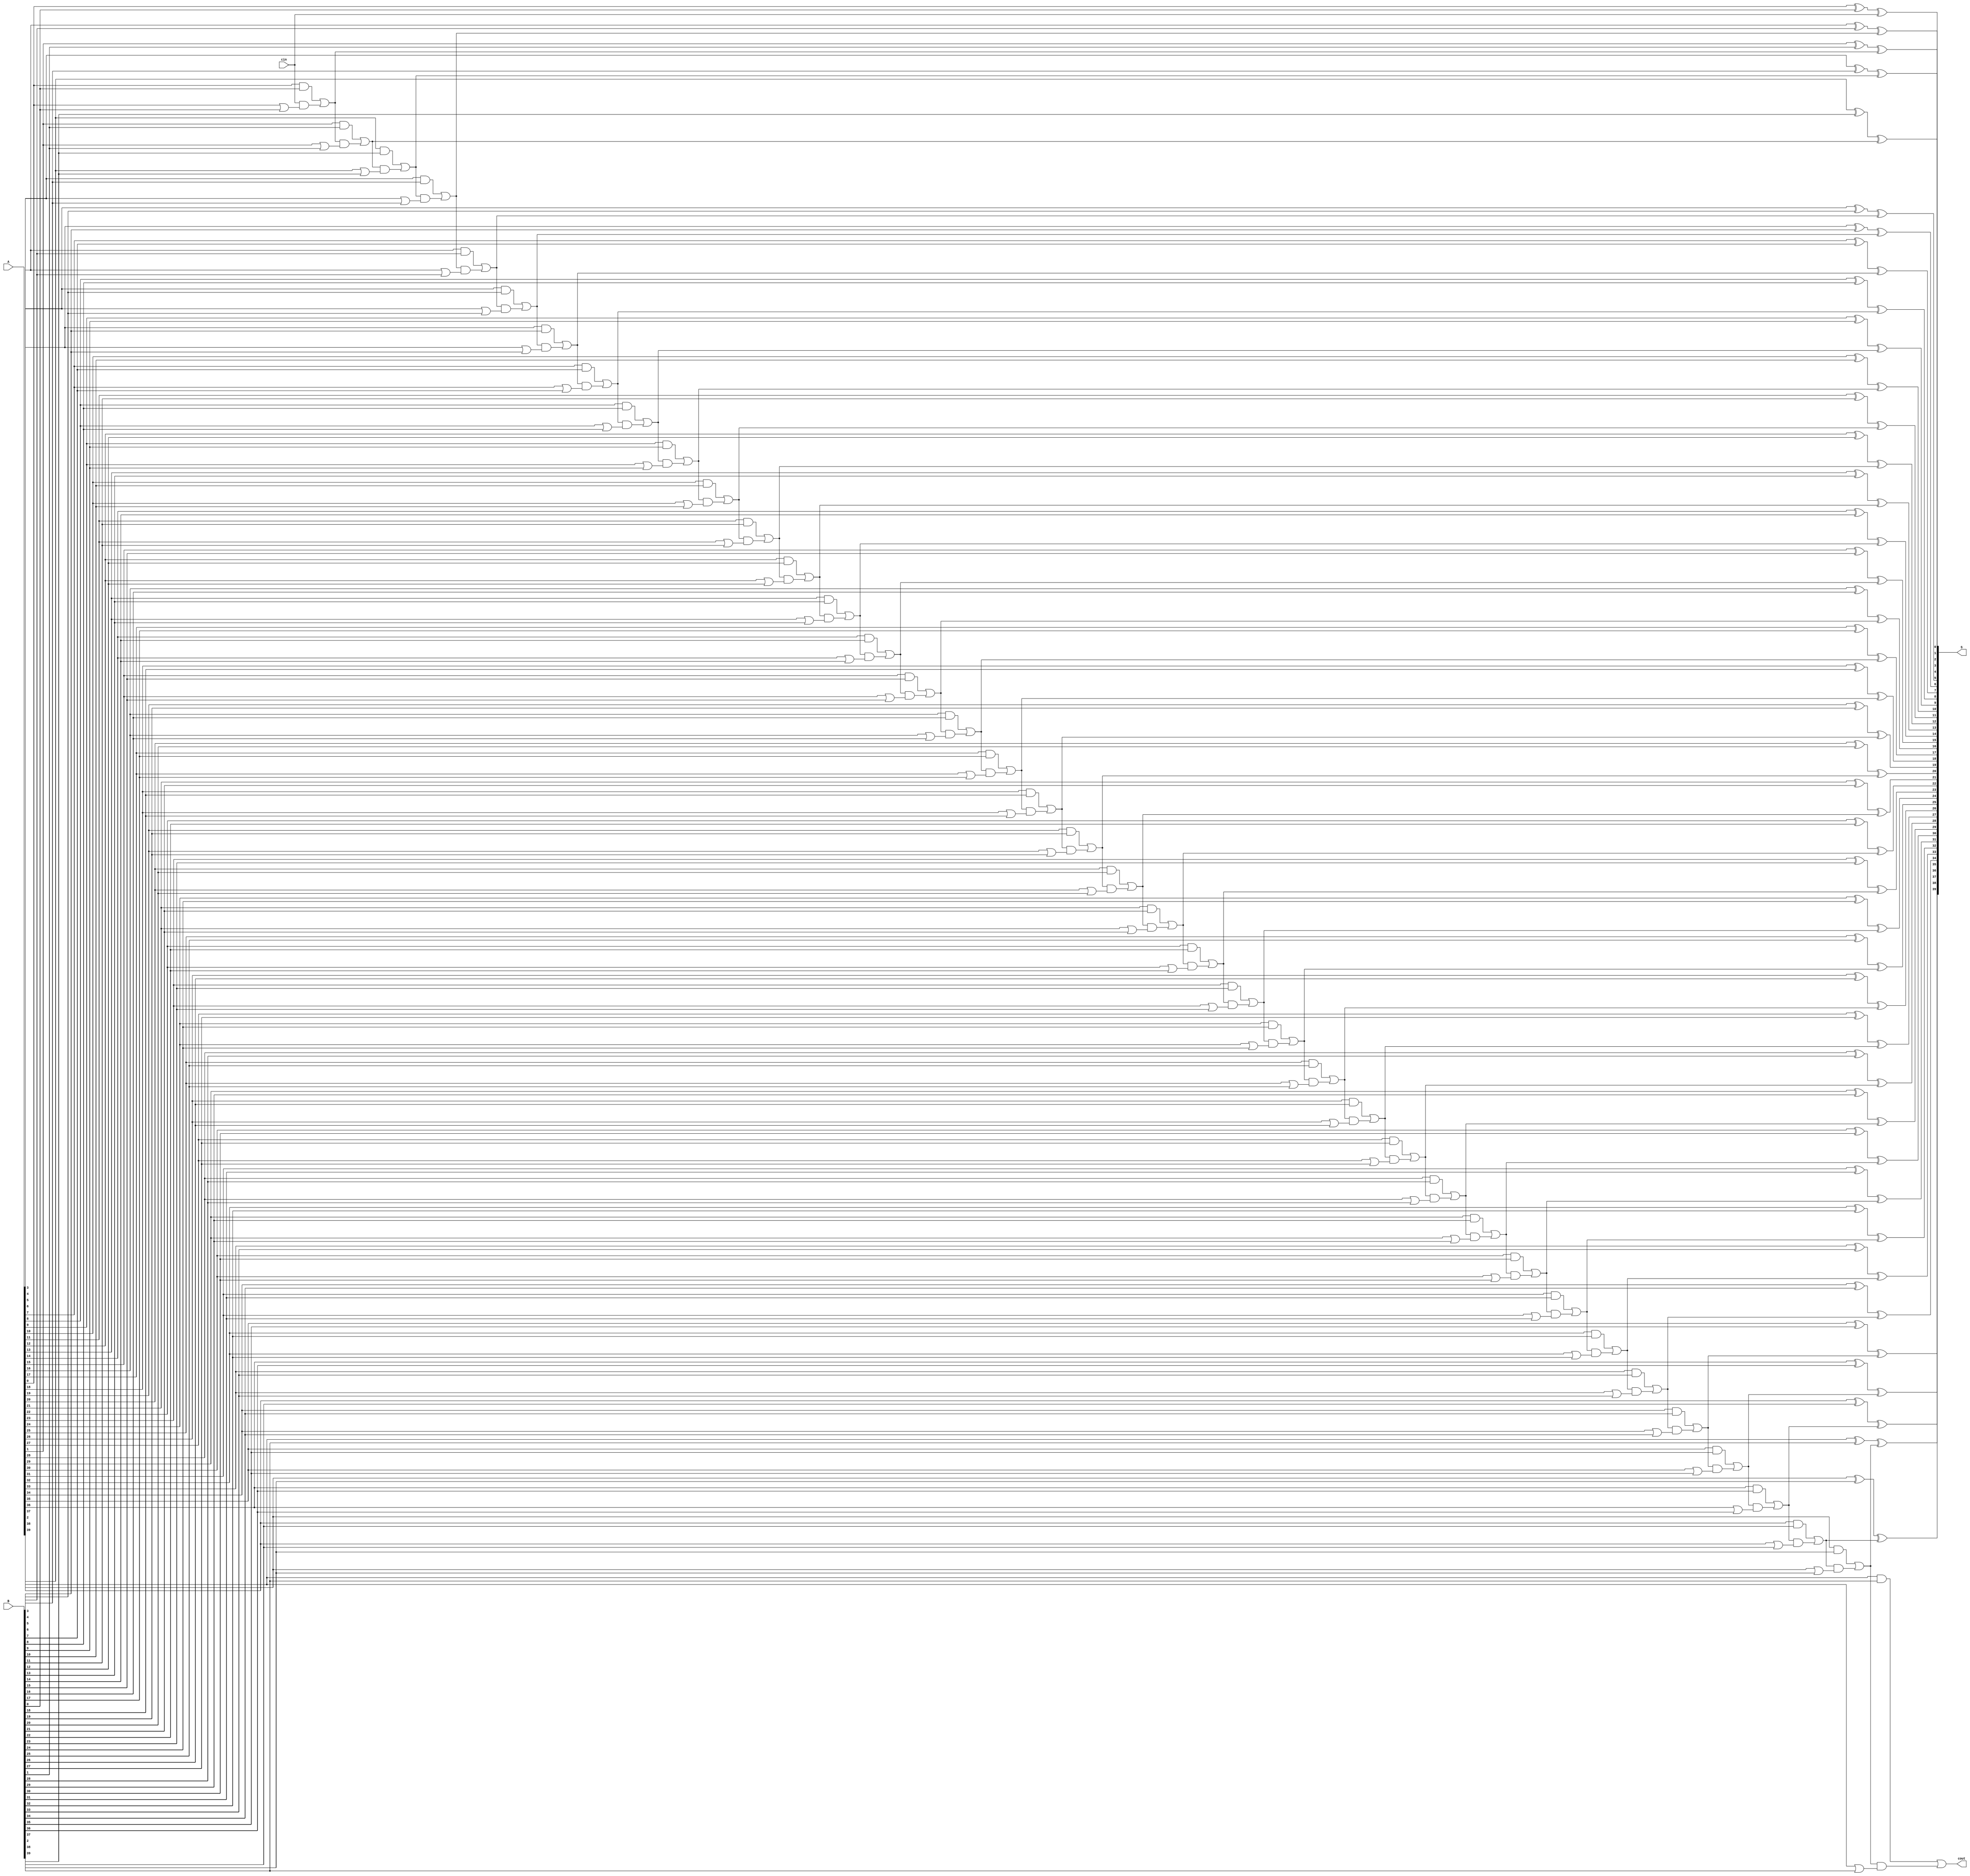
module CLA_adder (A,B,cin,S,cout);
//`include "parameters.v"
parameter WIDTH = 40;

input cin;
input [WIDTH-1:0]A;
input [WIDTH-1:0]B;

output reg[WIDTH-1:0]S;
output reg cout;

reg [WIDTH-1:0]G;
reg [WIDTH-1:0]P;

reg [WIDTH-1:0]C;

integer i;
always @ (*) begin
for(i=0;i<WIDTH;i=i+1) begin
	G[i] <= A[i] & B[i];
	P[i] <= A[i] | B[i];
end

	C[0]<= G[0] | (cin&P[0]);
	S[0]<=A[0]^B[0]^cin;

for(i=1;i<WIDTH;i=i+1) begin
	C[i]<=G[i] | (C[i-1] & P[i]) ;
	S[i]<=A[i]^B[i]^C[i-1];
end
	cout<=C[WIDTH-1];
end
endmodule